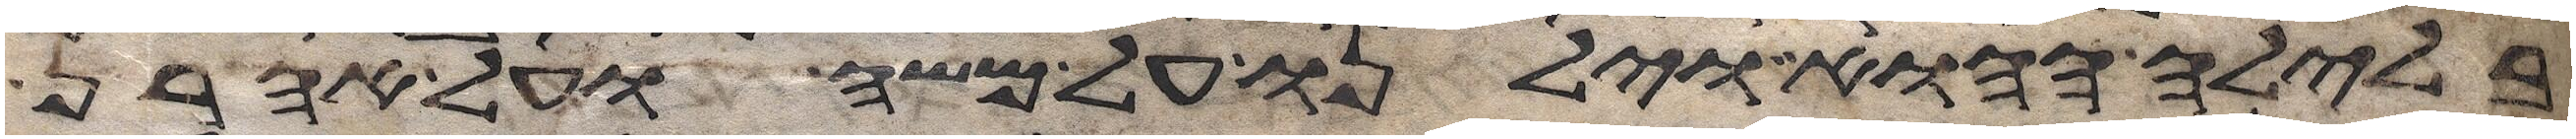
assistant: בלילה ההוא וילנו על משה ועל אהרן